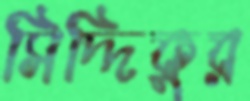
সিদ্দিকুর